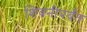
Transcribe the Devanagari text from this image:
शिवनीपर्यंत